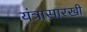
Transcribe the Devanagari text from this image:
यंत्रासारखी